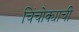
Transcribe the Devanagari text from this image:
चिंचोक्याची